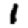
Digit: 1